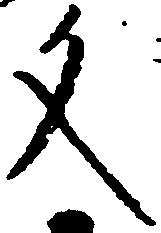
文